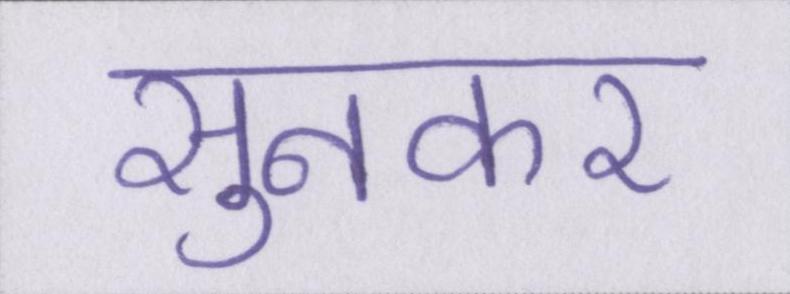
सुनकर